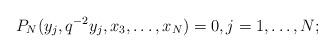
LaTeX: \begin{align*}P_N(y_j, q^{-2} y_j , x_3, \dots, x_N) = 0, j = 1, \dots, N;\end{align*}